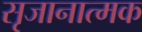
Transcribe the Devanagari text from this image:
सृजानात्मक